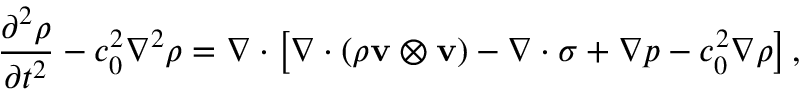
{ \frac { \partial ^ { 2 } \rho } { \partial t ^ { 2 } } } - c _ { 0 } ^ { 2 } \nabla ^ { 2 } \rho = \nabla \cdot \left[ \nabla \cdot ( \rho \mathbf { v } \otimes \mathbf { v } ) - \nabla \cdot \sigma + \nabla p - c _ { 0 } ^ { 2 } \nabla \rho \right] ,